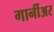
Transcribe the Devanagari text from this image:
गार्नीअर